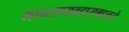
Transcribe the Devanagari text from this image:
मानसव्यवहाराबद्दलचे